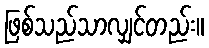
ဖြစ်သည်သာလျှင်တည်း။